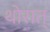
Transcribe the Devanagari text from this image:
थोरात्